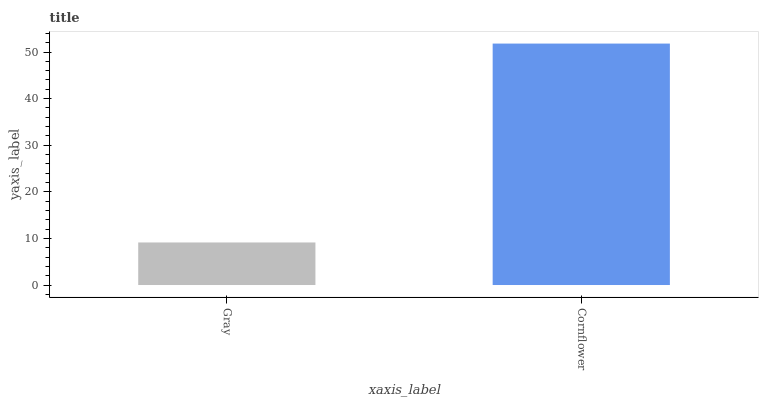
| xaxis_label | bars |
 | --- | --- |
 | Gray | 9.13 |
 | Cornflower | 51.8 |